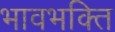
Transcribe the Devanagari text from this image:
भावभक्ति